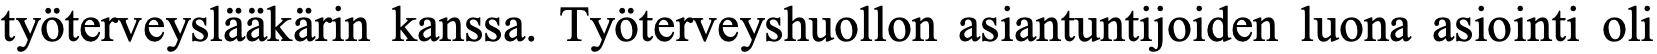
työterveyslääkärin kanssa. Työterveyshuollon asiantuntijoiden luona asiointi oli